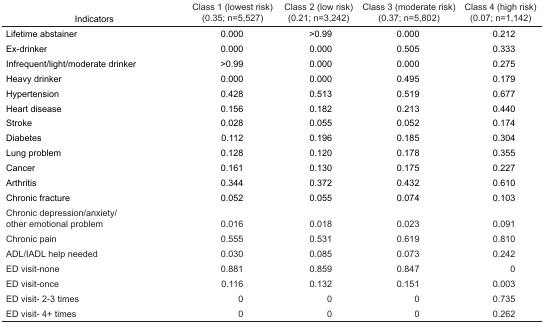
| Indicators | Class 1 (lowest risk) (0.35; n=5,527) | Class 2 (low risk) (0.21; n=3,242) | Class 3 (moderate risk) (0.37; n=5,802) | Class 4 (high risk) (0.07; n=1,142) |
 | --- | --- | --- | --- | --- |
 | Lifetime abstainer | 0.000 | >0.99 | 0.000 | 0.212 |
 | Ex-drinker | 0.000 | 0.000 | 0.505 | 0.333 |
 | Infrequent/light/moderate drinker | >0.99 | 0.000 | 0.000 | 0.275 |
 | Heavy drinker | 0.000 | 0.000 | 0.495 | 0.179 |
 | Hypertension | 0.428 | 0.513 | 0.519 | 0.677 |
 | Heart disease | 0.156 | 0.182 | 0.213 | 0.440 |
 | Stroke | 0.028 | 0.055 | 0.052 | 0.174 |
 | Diabetes | 0.112 | 0.196 | 0.185 | 0.304 |
 | Lung problem | 0.128 | 0.120 | 0.178 | 0.355 |
 | Cancer | 0.161 | 0.130 | 0.175 | 0.227 |
 | Arthritis | 0.344 | 0.372 | 0.432 | 0.610 |
 | Chronic fracture | 0.052 | 0.055 | 0.074 | 0.103 |
 | Chronic depression/anxiety/other emotional problem | 0.016 | 0.018 | 0.023 | 0.091 |
 | Chronic pain | 0.555 | 0.531 | 0.619 | 0.810 |
 | ADL/IADL help needed | 0.030 | 0.085 | 0.073 | 0.242 |
 | ED visit-none | 0.881 | 0.859 | 0.847 | 0 |
 | ED visit-once | 0.116 | 0.132 | 0.151 | 0.003 |
 | ED visit- 2–3 times | 0 | 0 | 0 | 0.735 |
 | ED visit- 4+ times | 0 | 0 | 0 | 0.262 |